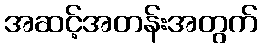
အဆင့်အတန်းအတွက်